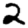
Digit: 2